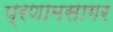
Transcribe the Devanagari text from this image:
प्रणामसागर